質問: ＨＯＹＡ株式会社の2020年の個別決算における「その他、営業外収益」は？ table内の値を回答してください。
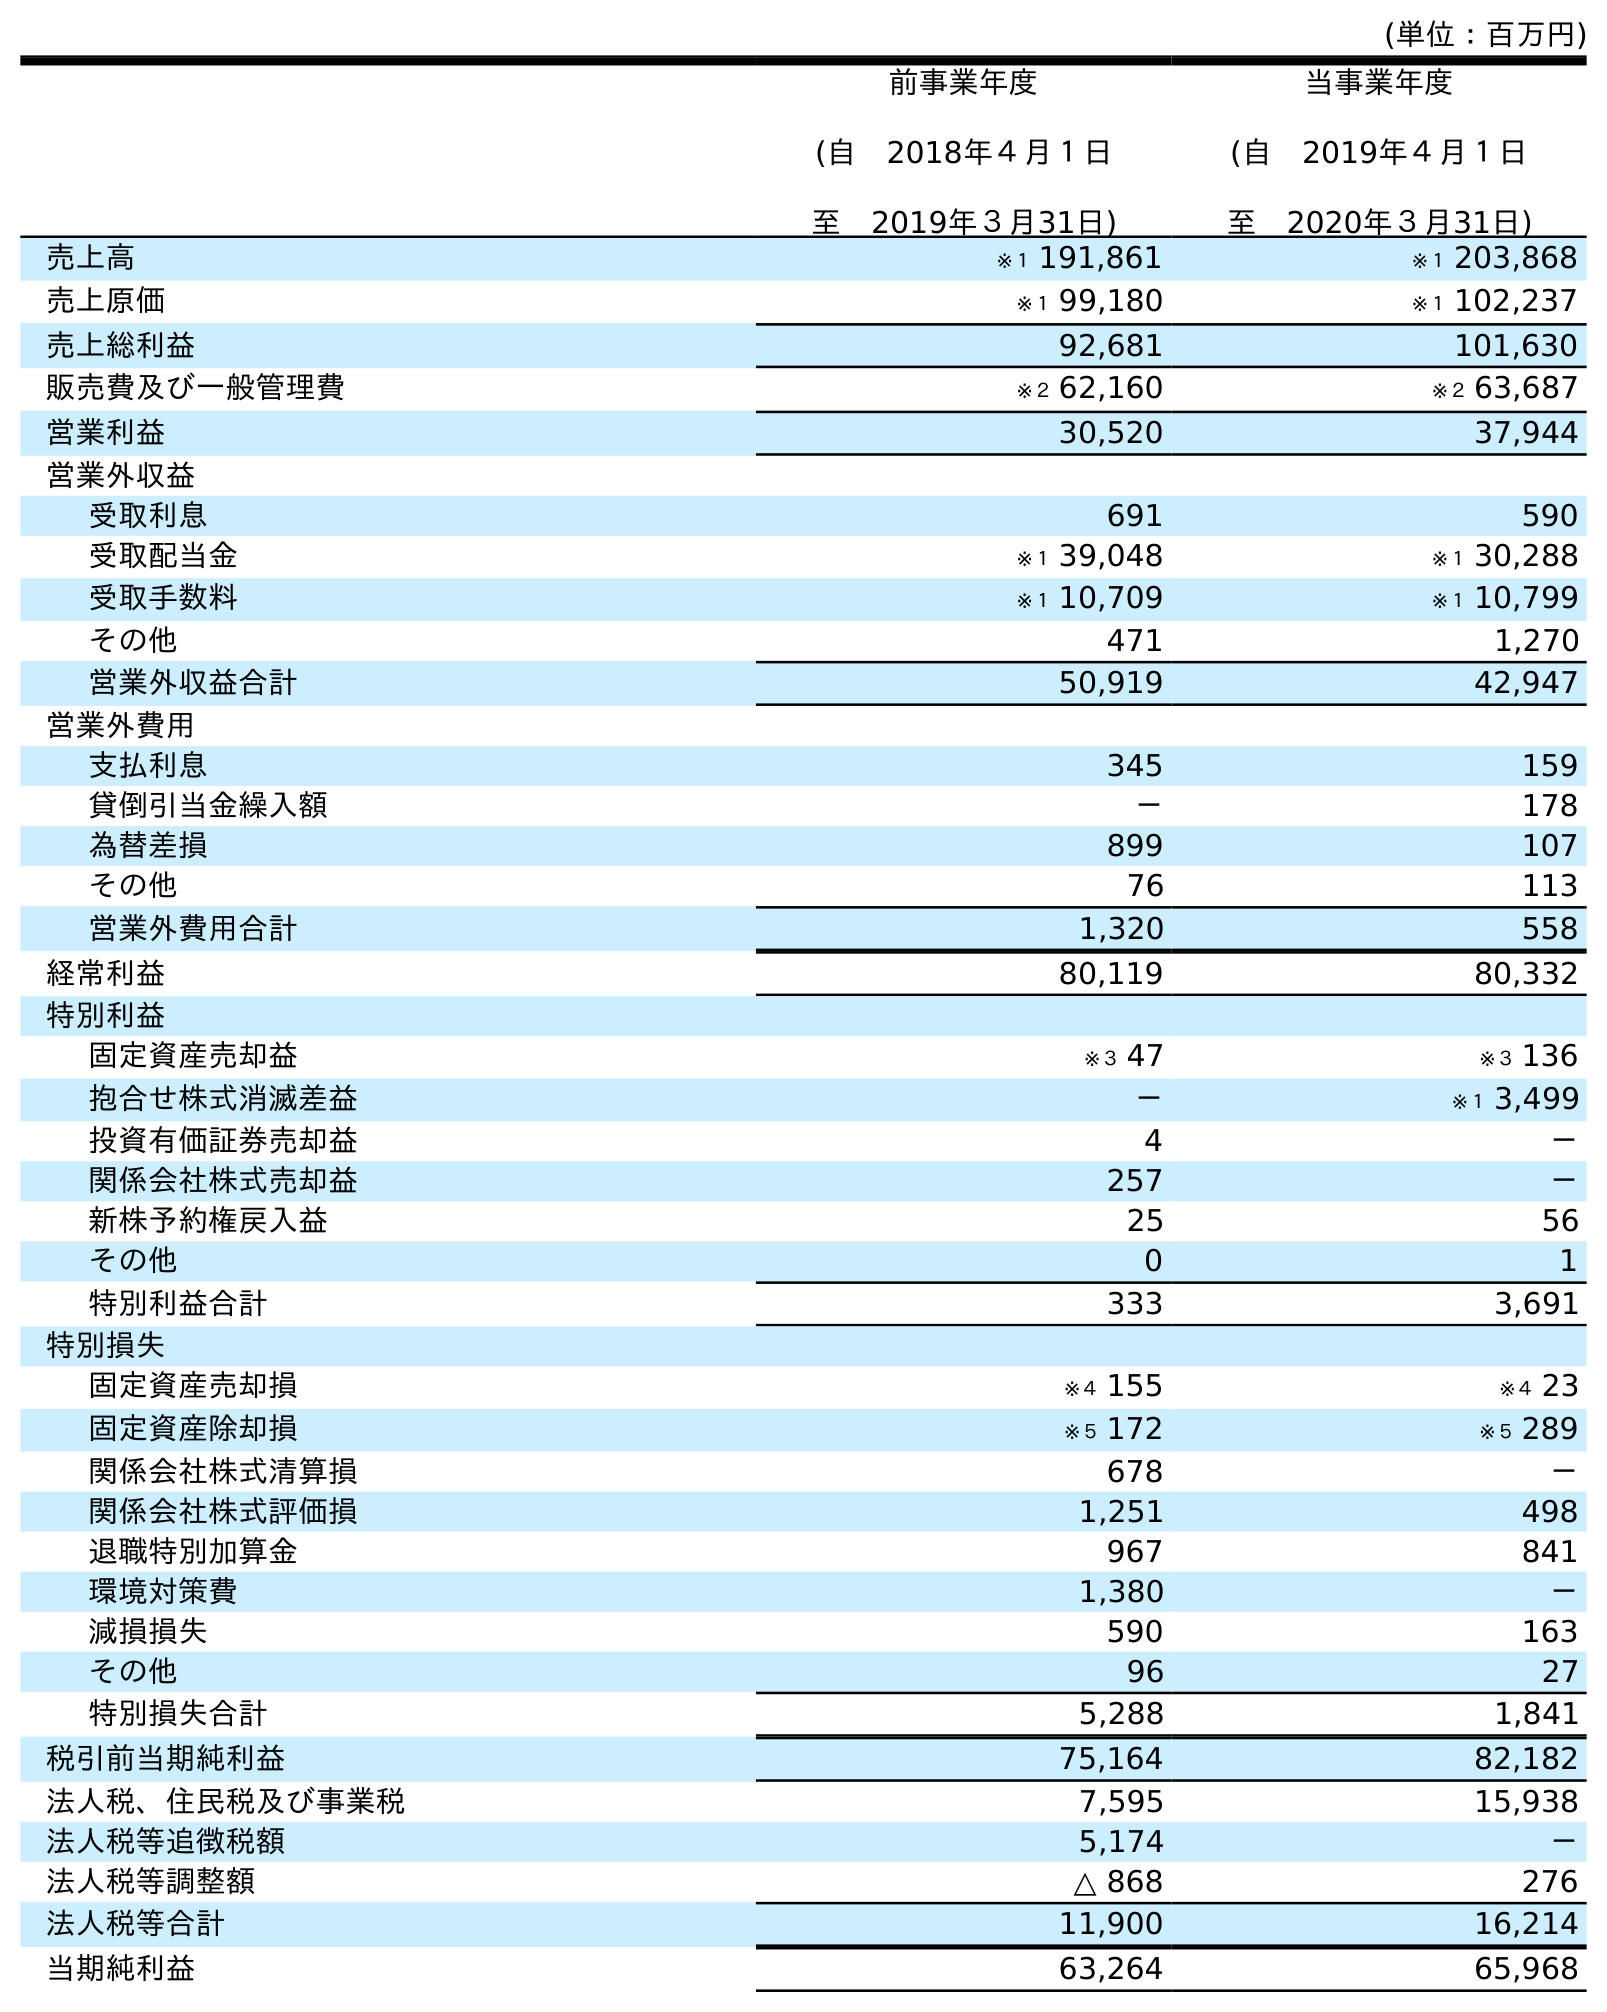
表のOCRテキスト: (単位：百万円) 前事業年度 (自 2018年４月１日 至 2019年３月31日) 当事業年度 (自 2019年４月１日 至 2020年３月31日) 売上高 ※１ 191,861 ※１ 203,868 売上原価 ※１ 99,180 ※１ 102,237 売上総利益 92,681 101,630 販売費及び一般管理費 ※２ 62,160 ※２ 63,687 営業利益 30,520 37,944 営業外収益 受取利息 691 590 受取配当金 ※１ 39,048 ※１ 30,288 受取手数料 ※１ 10,709 ※１ 10,799 その他 471 1,270 営業外収益合計 50,919 42,947 営業外費用 支払利息 345 159 貸倒引当金繰入額 － 178 為替差損 899 107 その他 76 113 営業外費用合計 1,320 558 経常利益 80,119 80,332 特別利益 固定資産売却益 ※３ 47 ※３ 136 抱合せ株式消滅差益 － ※１ 3,499 投資有価証券売却益 4 － 関係会社株式売却益 257 － 新株予約権戻入益 25 56 その他 0 1 特別利益合計 333 3,691 特別損失 固定資産売却損 ※４ 155 ※４ 23 固定資産除却損 ※５ 172 ※５ 289 関係会社株式清算損 678 － 関係会社株式評価損 1,251 498 退職特別加算金 967 841 環境対策費 1,380 － 減損損失 590 163 その他 96 27 特別損失合計 5,288 1,841 税引前当期純利益 75,164 82,182 法人税、住民税及び事業税 7,595 15,938 法人税等追徴税額 5,174 － 法人税等調整額 △ 868 276 法人税等合計 11,900 16,214 当期純利益 63,264 65,968
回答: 1,270